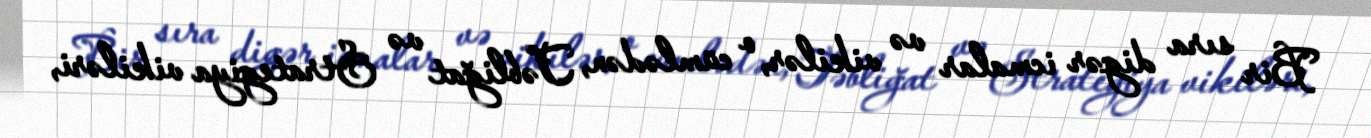
Bir sıra digər icmalar və vikilər, o cümlədən, Təbliğat və Strategiya vikiləri,